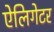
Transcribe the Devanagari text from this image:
ऐलिगेटर